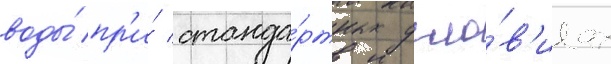
воды́ пр'и́ станда́ртных усло́в'иах